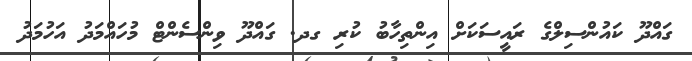
ގައްދޫ ކައުންސިލްގެ ރައީސަކަށް އިންތިހާބު ކުރި ގދ. ގައްދޫ ވިންސެންޓް މުހައްމަދު އަހުމަދު